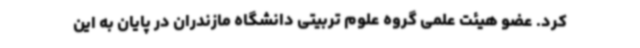
کرد. عضو هیئت علمی گروه علوم تربیتی دانشگاه مازندران در پایان به این